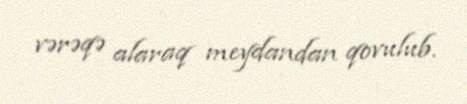
vərəqə alaraq meydandan qovulub.